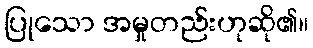
ပြုသော အမှုတည်းဟုဆို၏။